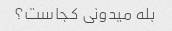
بله میدونی کجاست؟